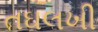
તઘલખી